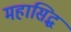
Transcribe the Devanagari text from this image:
महासिद्ध